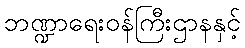
ဘဏ္ဍာရေးဝန်ကြီးဌာနနှင့်